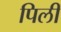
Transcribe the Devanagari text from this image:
पिलीं